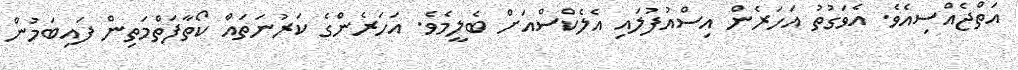
އަތްޖެއްސިއެވެ. އެވަގުތު އަހަރެން އިސްއުފުލައި އެލެކްސްއަށް ބެލީމެވެ. އަހަރެންގެ ކަރުނަތައް ކޯތާފަތްމަތިން ފައިބަމުން